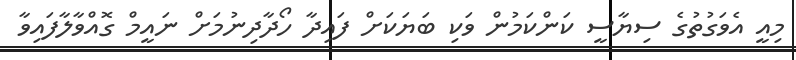
މިއީ އެވަގުތުގެ ސިޔާސީ ކަންކަމުން ވަކި ބަޔަކަށް ފައިދާ ހޯދާދިނުމަށް ނައީމް ގޮއްވާލާފައިވާ